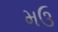
મઉ